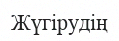
Жүгірудің